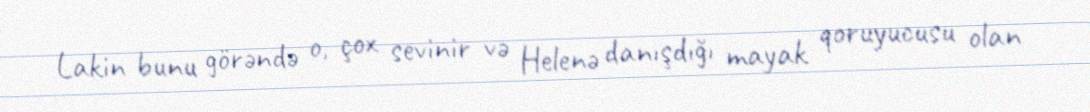
Lakin bunu görəndə o, çox sevinir və Helenə danışdığı mayak qoruyucusu olan